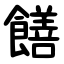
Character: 饍